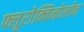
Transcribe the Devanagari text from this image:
फ्लूरोक्विनोलोन